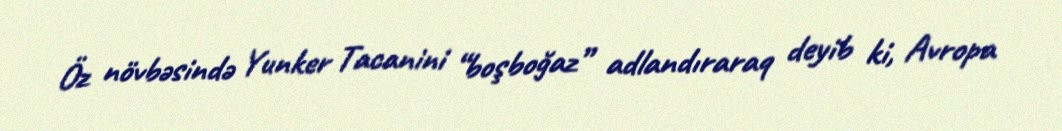
Öz növbəsində Yunker Tacanini “boşboğaz” adlandıraraq deyib ki, Avropa